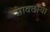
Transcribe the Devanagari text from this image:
साक्छाया